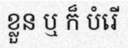
ខ្លួន ឬ ក៏ បំរើ